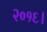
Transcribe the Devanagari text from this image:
२०१६।